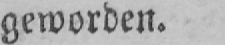
geworden.